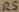
Text: R5